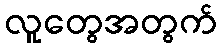
လူတွေအတွက်